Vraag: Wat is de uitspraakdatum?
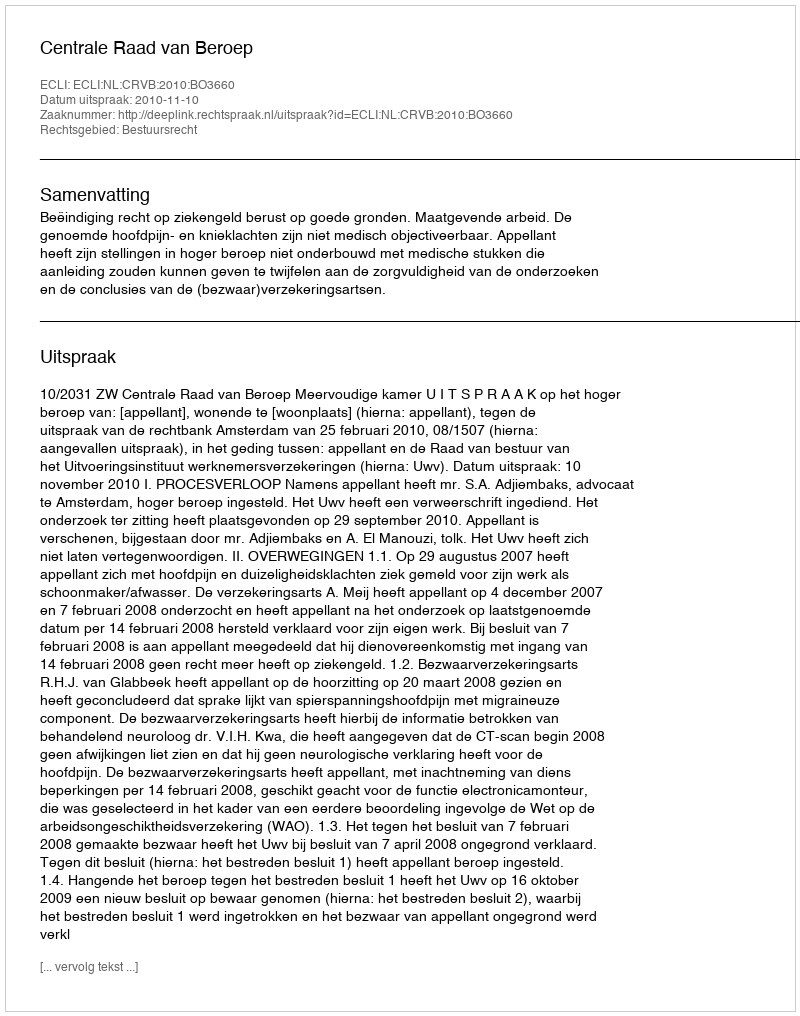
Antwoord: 2010-11-10